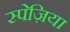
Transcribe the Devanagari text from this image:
स्पेज़िया